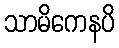
သာမိကေနပိ